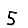
Digit: 5